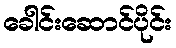
ခေါင်းဆောင်ပိုင်း